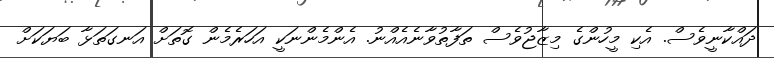
ދައްކާނީވެސް. އެކި މީހުންގެ މިޒާޖުވެސް ތަފާތުވާނެއެއްނު. އެންމެންނަކީ އަހަރެމެން ގޮތަށް އަނގަތަޅާ ބަޔަކަށް